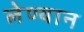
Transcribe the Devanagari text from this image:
लेण्यान